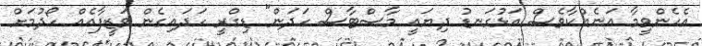
އެހެންވީމާ އަނެއްކާވެސް އަޅުގަނޑު ދިޔައީ މާސްޓާސް ހަދަން" ޑިގްރީ ހަދައިގެން ވަޒީފާއެއް ހޯދުމަށް